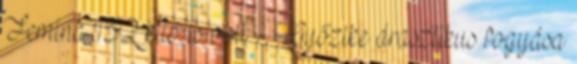
Femina 152 kiló is volt - Győzike drasztikus fogyása